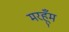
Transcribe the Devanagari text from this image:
मरहूँम